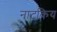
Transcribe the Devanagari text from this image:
नाटकिय